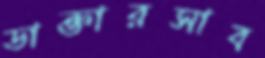
ডাক্তারসাব